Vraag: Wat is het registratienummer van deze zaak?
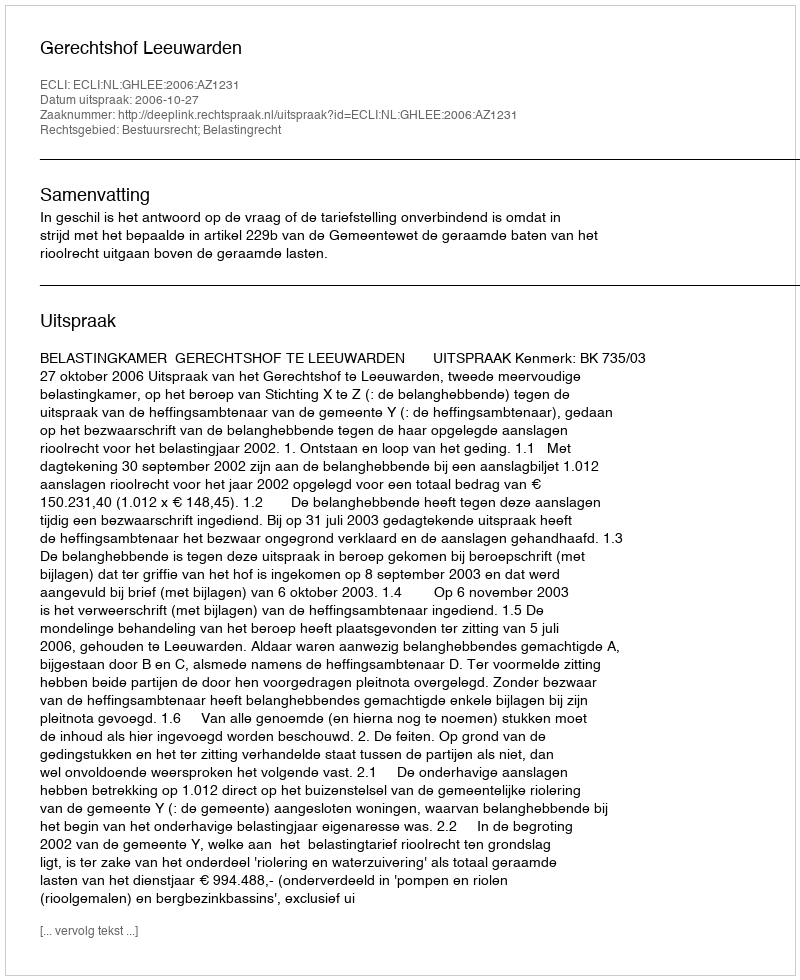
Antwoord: http://deeplink.rechtspraak.nl/uitspraak?id=ECLI:NL:GHLEE:2006:AZ1231